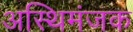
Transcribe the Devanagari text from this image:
अस्थिमंजक